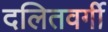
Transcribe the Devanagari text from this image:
दलितवर्गी